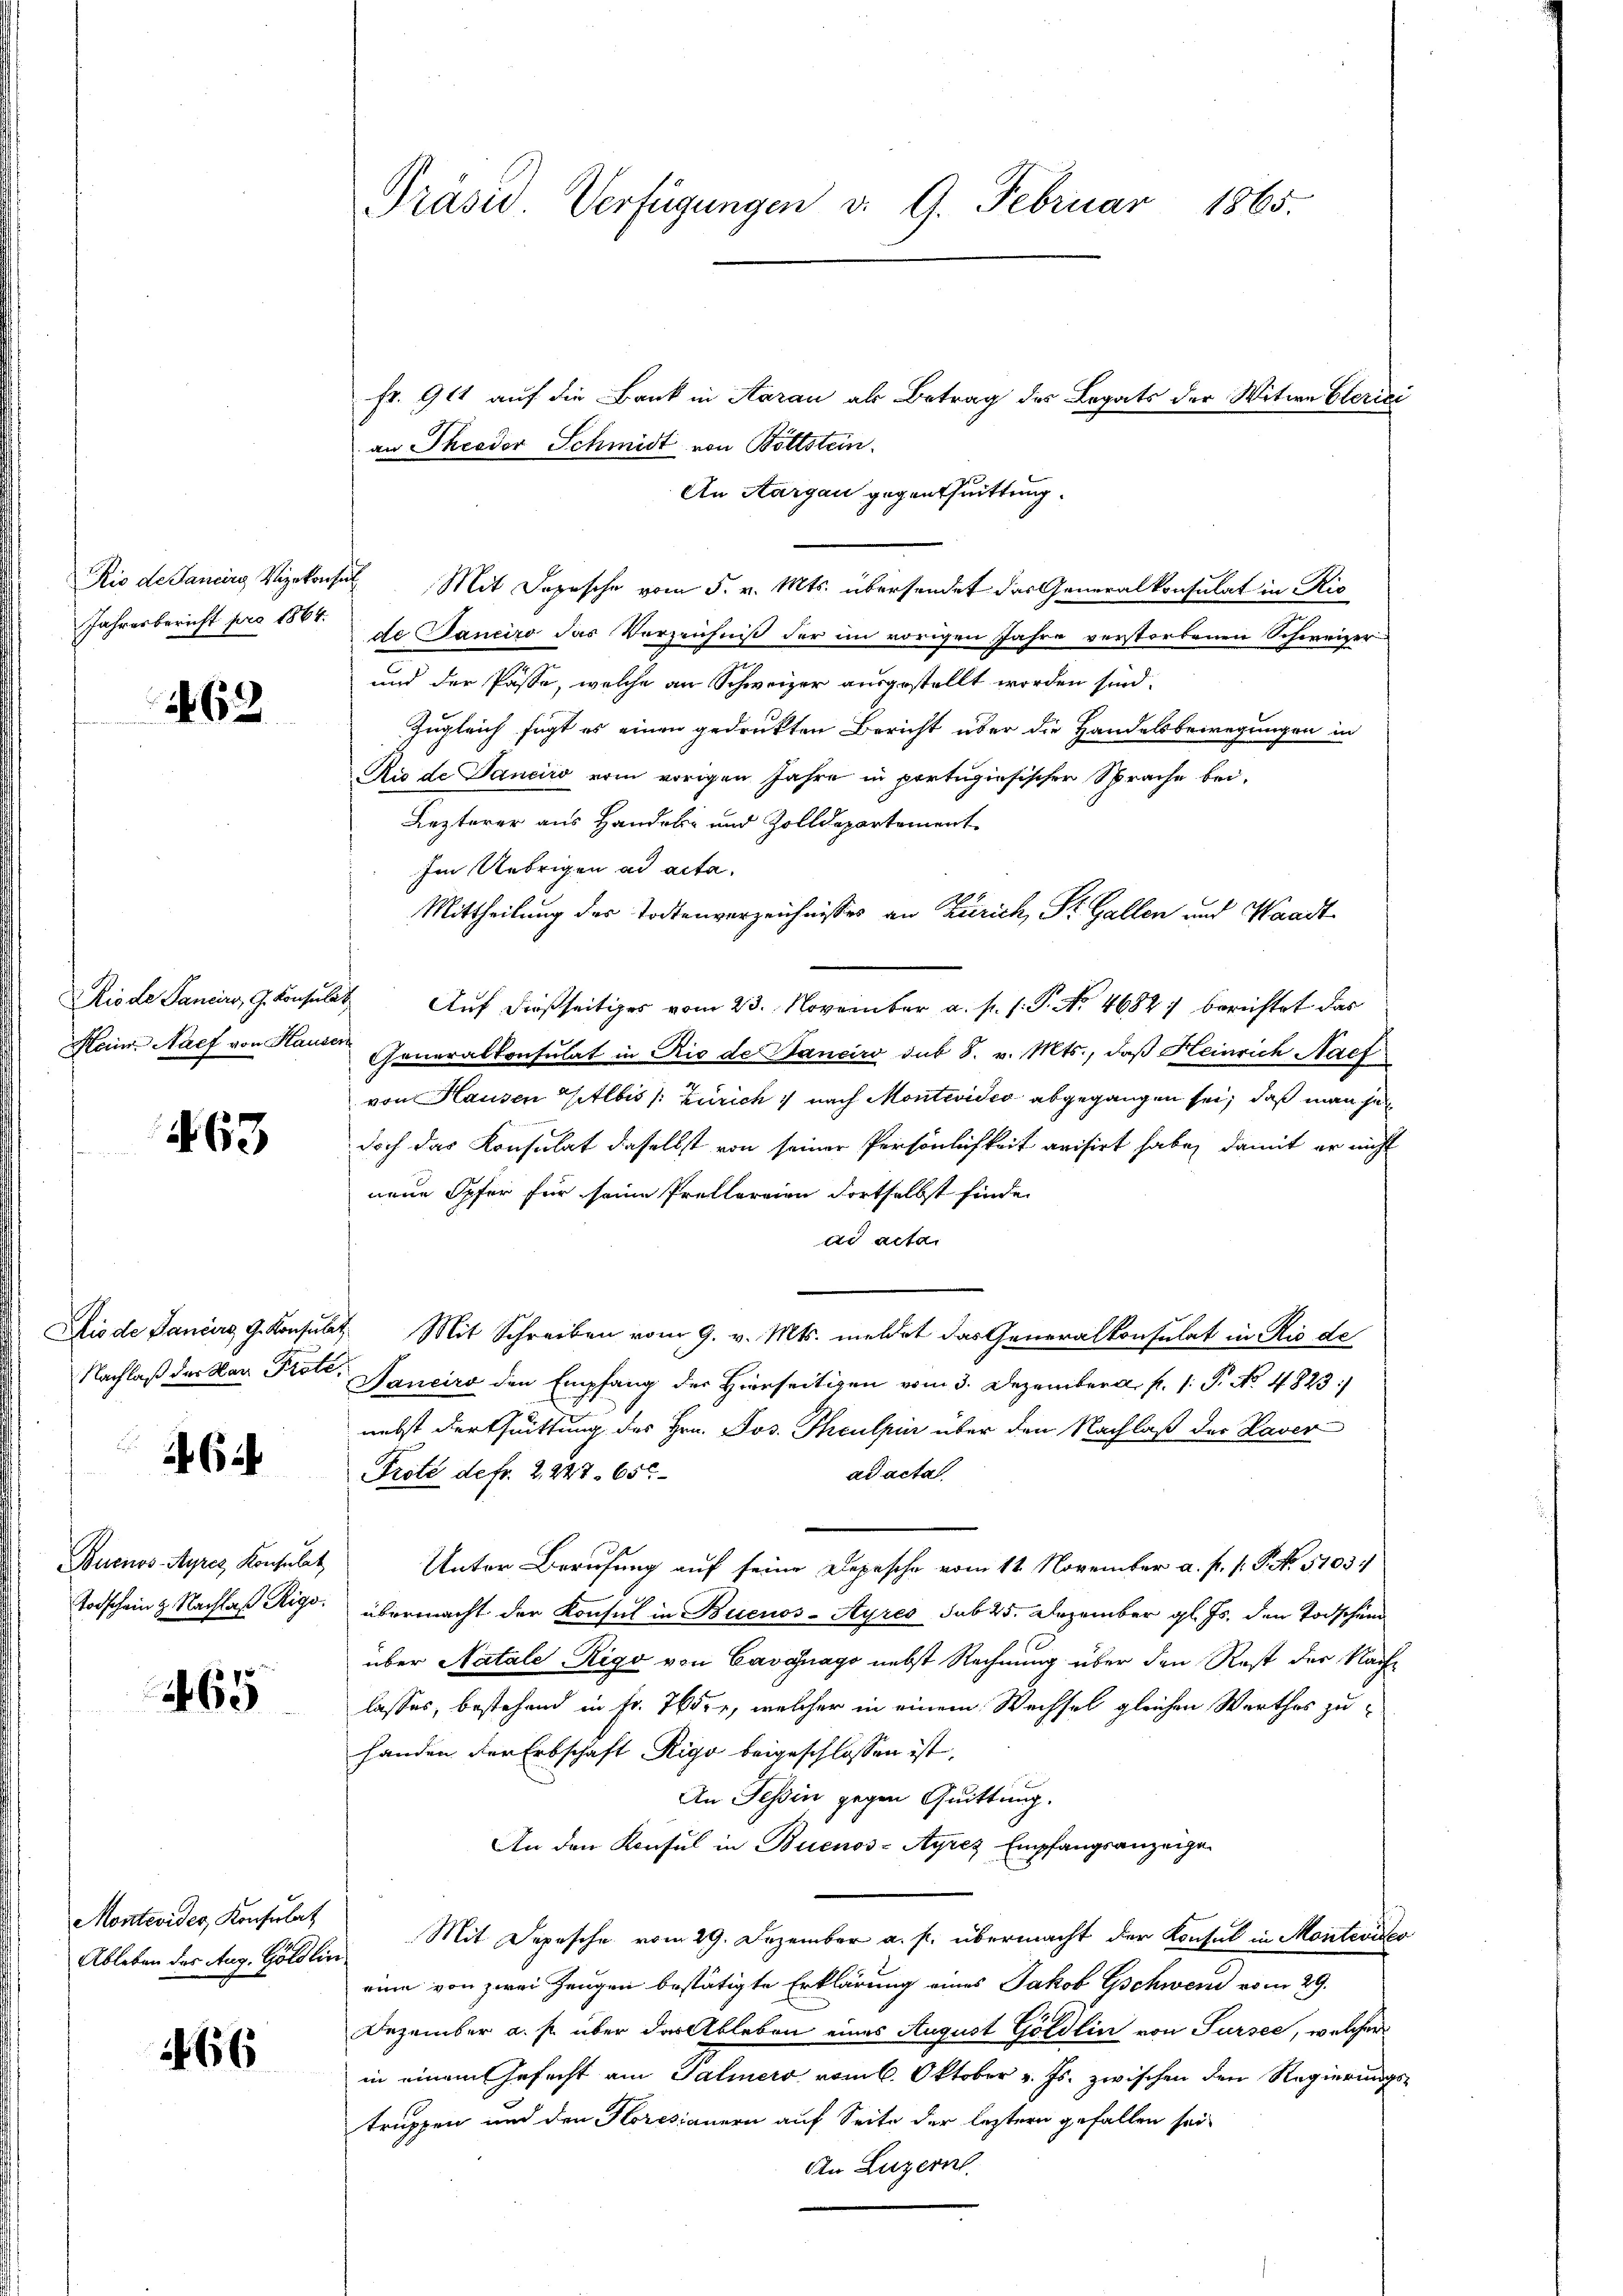
Jahresbericht pro 1864.

462

463

Dis de Landers G. Konsulat
Nachlaß der Nar Prote¬

6

Buenos-Ayres Konsulat
Todschein & Nachlaß Rigo.

65

Montevider Konsulat
Ableben des Aug. Göldlin

466

Präsid. Verfügungen d. 9. Februar 1865.

fr. 911 auf die Bank in Aarau als Betrag des Legats der Witwe Gerici
an Theodor Schmidt von Böttstein.
An Aargau gegenthuittung.
Rio de Jancirg Vizekonsul Mit Depesche vom 5. v. Mts. übersendet das Generalkonsulat in Ris
de Janeiro das Verzeichniß der im vorigen Jahre verstorbenen Schweizer-
und der Pässe, welche an Schweizer ausgestellt worden sind.
Zugleich fügt es einen gedrukten Bericht über die Handelsbewegungen in
Rio de Danciro vom vorigen Jahre in portugisischer Sprache bei.
Kezterer aus Handele und Zolldepartement-
Im Uebrigen ad acta.
Mittheilung des Todtenverzeichnisses an Zürich, St. Gallen und Waadt
Riode Sancirs, G. Konsulat Auf dießseitiges vom 23. November a. p. 1. P. Nr. 4682: berichtet das
Heinr. Nach von Hauser Generalkonsulat in Rio de Banciro sub 8. v. Mts., daß Heinrich Nach
von Hausen Gitlbis /: Zürich nach Montevideo abgegangen sei, daß man je
doch das Konsulat daselbst von seiner Persönlichkeit avisirt habe, damit er nicht
neue Opfer für seine Prellereien Fortselbst finde.
ad acta
" Mit Schreiben vom 9. v. Mts. meldet das Generalkonsulat in Rio de
Janeiro den Empfang der Hierseitigen vom 3. Dezember p. P. No. 4823/
nebst der trittung des Hrn. Jos. Thculpii über den Nachlaß der Haver
ad acta
Prote defr. 2. 227. 652
Unter Berufung auf seine Depesche vom 11. November a. p. 1. P. No. 5103.
übermacht der Konsul in Buenos-Ayres sub 25. Dezember gl. Js. den Todschend
über Natale Rigo von Cavanago nebst Rechnung über den Rest der Nachlasses, bestehend in Fr. 765, welcher in einem Wechsel gleichen Werthes zu-
handen der Erbschaft Rigo beigeschlossen ist.
An Tessin gegen Quittung.
An den Konsul in Buenos-Ayres Empfangsanzeige
Mit Depesche vom 29. Dezember a. p. übermacht der Konsul in Montevideo
eine von zwei Zeugen bestätigte Erklärung eines Jakob Gschweid vom 29.
Dezember a. p. über der Ableben eines August Göldlin von Sursee, welcher
in einem Gefecht am Saliners vom 6. Oktober v. Js. zwischen den Regierungs-
truppen und den Horesianern auf Seite der leztern gefallen sei
An Luzern.